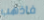
فاذهب